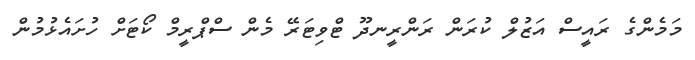
މަމެންގެ ރައީސް އަޒުލް ކުރަން ރަންރީނދޫ ޓްވިޓަރޭ މެން ސްޕްރީމް ކޯޓަށް ހުށައެޅުމުން